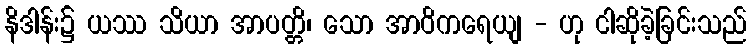
နိဒါန်း၌ ယဿ သိယာ အာပတ္တိ၊ သော အာဝိကရေယျ - ဟု ငါဆိုခဲ့ခြင်းသည်